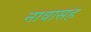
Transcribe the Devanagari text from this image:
नावासह